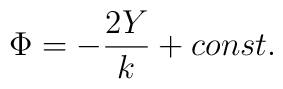
\Phi=-\frac{2Y}{k}+const.